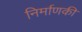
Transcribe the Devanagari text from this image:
निर्माणकी